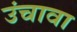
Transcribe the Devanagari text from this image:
उंचावा